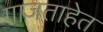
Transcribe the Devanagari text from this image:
गाजताहेत